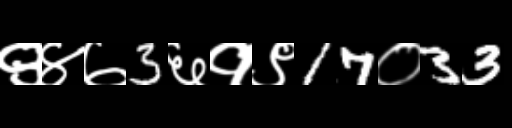
Text: ९४७3६१९17०33